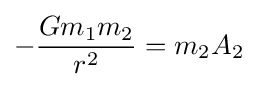
-{\frac {Gm_{1}m_{2}}{r^{2}}}=m_{2}A_{2}